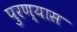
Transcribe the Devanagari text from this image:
पुरण्यास